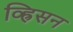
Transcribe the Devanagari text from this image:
व्ह्रिसन